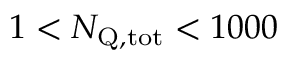
1 < \ensuremath { N _ { \mathrm { Q , t o t } } } < 1 0 0 0